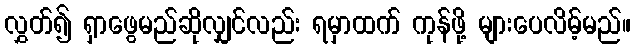
လွှတ်၍ ရှာဖွေမည်ဆိုလျှင်လည်း ရမှာထက် ကုန်ဖို့ များပေလိမ့်မည်။